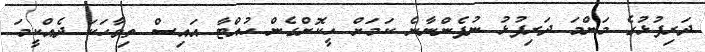
ދަރިފުޅުގެ މަންމަ ދަރިފުޅު ނުފެންނާނެ ކަމަށް ހީކޮށްގެން ހުއްޓާ އައިސް ތިވާހަކަ ދެއްކީމަ